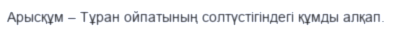
Арысқұм – Тұран ойпатының солтүстігіндегі құмды алқап.